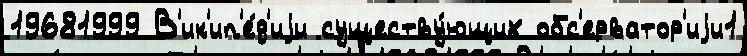
19681999 В'ик'ип'е́д'иjи существу́ющих обс'ерватор'иjи1